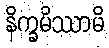
နိက္ခမိဿာမိ